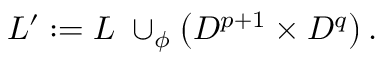
L ^ { \prime } : = L \; \cup _ { \phi } \left( D ^ { p + 1 } \times D ^ { q } \right) .